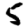
Digit: 5